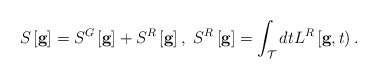
\begin{align*}{}S \left[ {\bf g} \right] = S^G \left[ {\bf g} \right] +S^R \left[ {\bf g} \right] ,\ S^R \left[ {\bf g} \right] = \int_{\cal T} dt L^R \left[ {\bf g}, t \right).\end{align*}